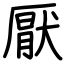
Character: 厭